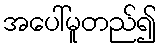
အပေါ်မူတည်၍